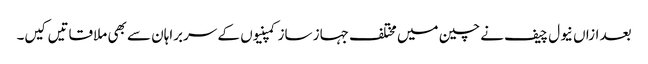
بعد ازاں نیول چیف نے چین میں مختلف جہاز ساز کمپنیوں کے سربراہان سے بھی ملاقاتیں کیں۔